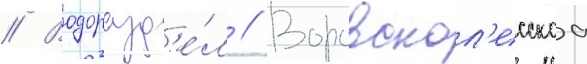
// Водоразд'е́л // Воровскол'есскаа